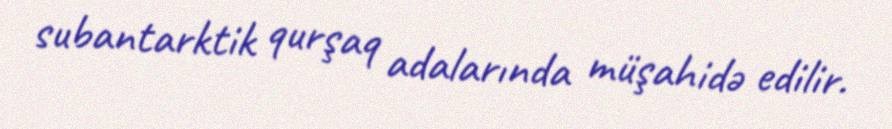
subantarktik qurşaq adalarında müşahidə edilir.